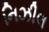
નિઝીલ